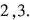
2，3.